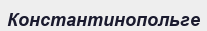
Константинопольге